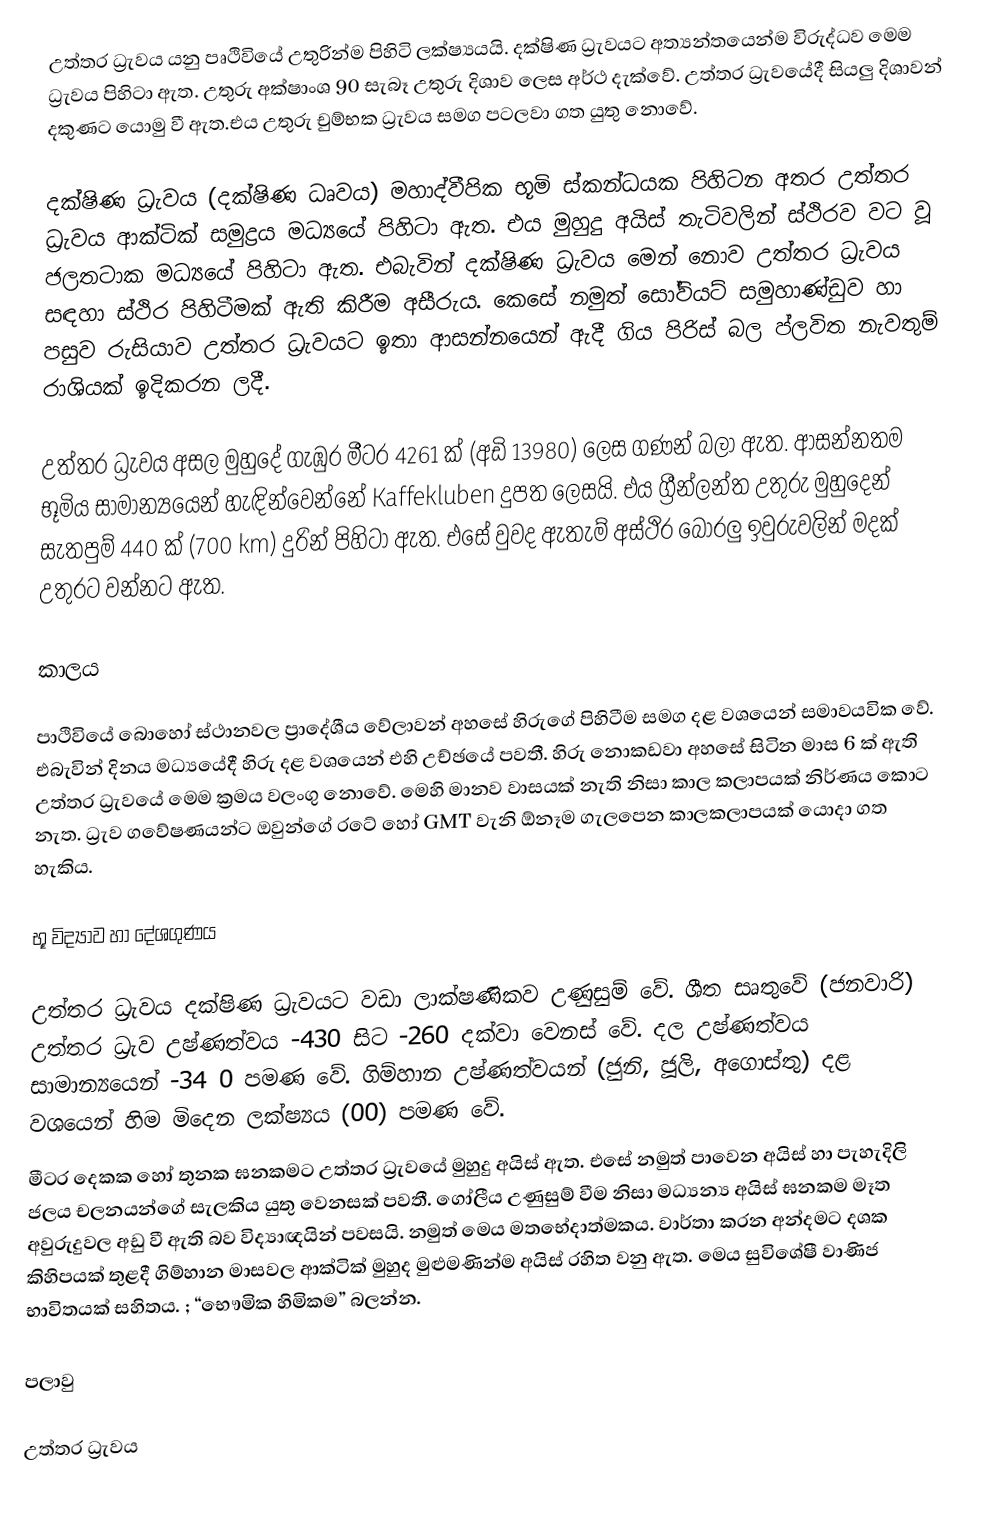
උත්තර ධ්‍රැවය යනු පෘථිවියේ උතුරින්ම පිහිටි ලක්ෂ්‍යයයි. දක්ෂිණ ධ්‍රැවයට අත්‍යන්තයෙන්ම විරුද්ධව මෙම ධ්‍රැවය පිහිටා ඇත. උතුරු අක්ෂාංශ 90 සැබෑ උතුරු දිශාව ලෙස අර්ථ දැක්වේ. උත්තර ධ්‍රැවයේදී සියලු දිශාවන් දකුණට යොමු වී ඇත.එය උතුරු චුම්භක ධ්‍රැවය සමග පටලවා ගත යුතු නොවේ.

දක්ෂිණ ධ්‍රැවය (දක්ෂිණ ධෘවය) මහාද්වීපික භූමි ස්කන්ධයක පිහිටන අතර උත්තර ධ්‍රැවය ආක්ටික් සමුද්‍රය මධ්‍යයේ පිහිටා ඇත. එය මුහුදු අයිස් තැටිවලින් ස්ථිරව වට වූ ජලතටාක මධ්‍යයේ පිහිටා ඇත. එබැවින් දක්ෂිණ ධ්‍රැවය මෙන් නොව උත්තර ධ්‍රැවය සඳහා ස්ථිර පිහිටීමක් ඇති කිරීම අසීරුය. කෙසේ නමුත් සෝවියට් සමුහාණ්ඩුව හා පසුව රුසියාව උත්තර ධ්‍රැවයට ඉතා ආසන්නයෙන් ඇදී ගිය පිරිස් බල ප්ලවිත නැවතුම් රාශියක් ඉදිකරන ලදී.

උත්තර ධ්‍රැවය අසල මුහුදේ ගැඹුර මීටර 4261 ක් (අඩි 13980) ලෙස ගණන් බලා ඇත. ආසන්නතම භූමිය සාමාන්‍යයෙන් හැඳින්වෙන්නේ Kaffekluben දුපත ලෙසයි. එය ග්‍රීන්ලන්ත උතුරු මුහුදෙන් සැතපුම් 440 ක් (700 km) දුරින් පිහිටා ඇත. එසේ වුවද ඇතැම් අස්ථිර බොරලු ඉවුරුවලින් මදක් උතුරට වන්නට ඇත.

කාලය

පාථිවියේ බොහෝ ස්ථානවල ප්‍රාදේශීය වේලාවන් අහසේ හිරුගේ පිහිටීම සමග දළ වශයෙන් සමාවයවික වේ. එබැවින් දිනය මධ්‍යයේදී හිරු දළ වශයෙන් එහි උච්ඡයේ පවතී. හිරු නොකඩවා අහසේ සිටින මාස 6 ක් ඇති උත්තර ධ්‍රැවයේ මෙම ක්‍රමය වලංගු නොවේ. මෙහි මානව වාසයක් නැති නිසා කාල කලාපයක් නිර්ණය කොට නැත. ධ්‍රැව ගවේෂණයන්ට ඔවුන්ගේ රටේ හෝ GMT වැනි ඕනෑම ගැලපෙන කාලකලාපයක් යොදා ගත හැකිය.

භූ විද්‍යාව හා දේශගුණය

උත්තර ධ්‍රැවය දක්ෂිණ ධ්‍රැවයට වඩා ලාක්ෂණිකව උණුසුම් වේ. ශීත සෘතුවේ (ජනවාරි) උත්තර ධ්‍රැව උෂ්ණත්වය -430 සිට -260 දක්වා වෙනස් වේ. දල උෂ්ණත්වය සාමාන්‍යයෙන් -34 0 පමණ වේ. ගිම්හාන උෂ්ණත්වයන් (ජුනි, ජූලි, අගොස්තු) දළ වශයෙන් හිම මිදෙන ලක්ෂ්‍යය (00) පමණ වේ.
මීටර දෙකක හෝ තුනක ඝනකමට උත්තර ධ්‍රැවයේ මුහුදු අයිස් ඇත. එසේ නමුත් පාවෙන අයිස් හා පැහැදිලි ජලය චලනයන්ගේ සැලකිය යුතු වෙනසක් පවතී. ගෝලීය උණුසුම් වීම නිසා මධ්‍යන්‍ය අයිස් ඝනකම මෑත අවුරුදුවල අඩු වී ඇති බව විද්‍යාඥයින් පවසයි. නමුත් මෙය මතභේදාත්මකය. වාර්තා කරන අන්දමට දශක කිහිපයක් තුළදී ගිම්හාන මාසවල ආක්ටික් මුහුද මුළුමණින්ම අයිස් රහිත වනු ඇත. මෙය සුවිශේෂී වාණිජ භාවිතයක් සහිතය. ; “භෞමික හිමිකම” බලන්න.

 පලාවු

උත්තර ධ්‍රැවය